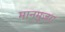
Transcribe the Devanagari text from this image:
मानमुजरा